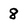
Character: 8